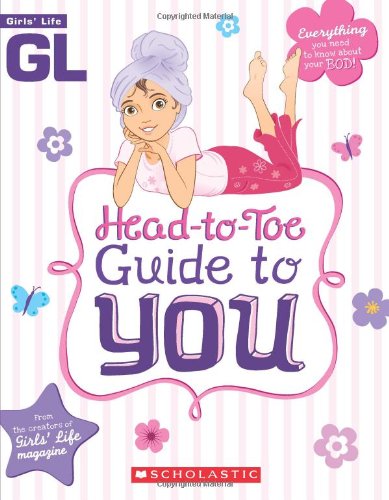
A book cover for Girls' Life Head-to-Toe Guide To You; Parenting & Relationships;